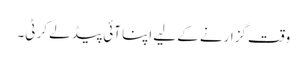
وقت گزارنے کے لیے اپنا آئی پیڈ لے کر ٹی۔